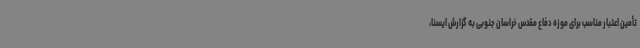
تأمین اعتبار مناسب برای موزه دفاع مقدس خراسان جنوبی به گزارش ایسنا،